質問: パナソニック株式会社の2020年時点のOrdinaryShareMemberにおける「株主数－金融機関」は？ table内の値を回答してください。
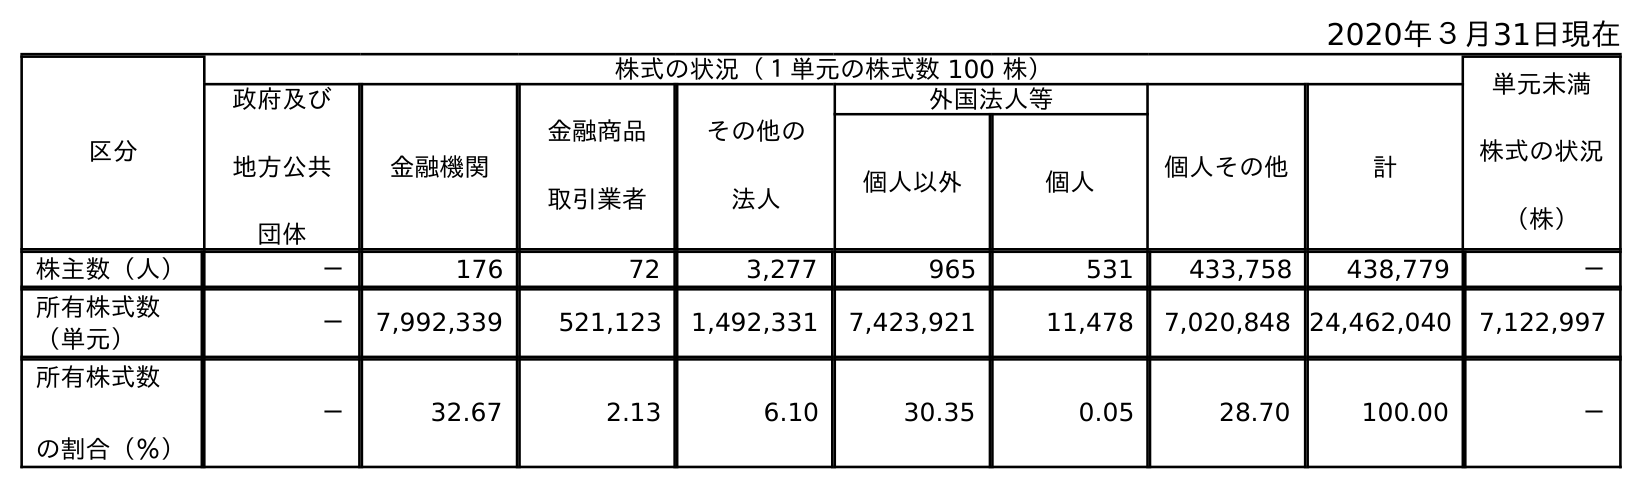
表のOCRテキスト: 2020年３月31日現在 区分 株式の状況（１単元の株式数 100 株） 単元未満 株式の状況 （株） 政府及び 地方公共 団体 金融機関 金融商品 取引業者 その他の 法人 外国法人等 個人その他 計 個人以外 個人 株主数（人） － 176 72 3,277 965 531 433,758 438,779 － 所有株式数 （単元） － 7,992,339 521,123 1,492,331 7,423,921 11,478 7,020,848 24,462,040 7,122,997 所有株式数 の割合（％） － 32.67 2.13 6.10 30.35 0.05 28.70 100.00 －
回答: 176